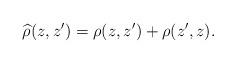
LaTeX: \begin{align*} \widehat \rho (z, z') = \rho (z, z')+\rho(z', z).\end{align*}